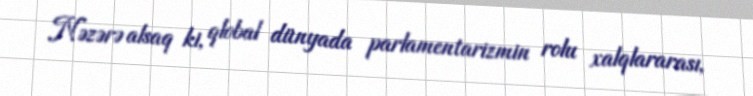
Nəzərə alsaq ki, qlobal dünyada parlamentarizmin rolu xalqlararası,